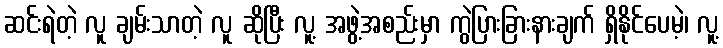
ဆင်းရဲတဲ့ လူ ချမ်းသာတဲ့ လူ ဆိုပြီး လူ့ အဖွဲ့အစည်းမှာ ကွဲပြားခြားနားချက် ရှိနိုင်ပေမဲ့၊ လူ့